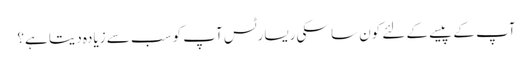
آپ کے پیسے کے لئے کون سا سکی ریسارٹس آپ کو سب سے زیادہ دیتا ہے؟